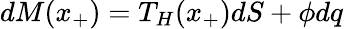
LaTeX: dM(x_{+})=T_{H}(x_{+})dS+\phi dq